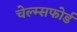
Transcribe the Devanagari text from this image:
चेल्म्सफोर्ड